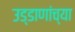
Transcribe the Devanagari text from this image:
उड्डाणांच्या